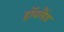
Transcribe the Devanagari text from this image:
हॉवलैंड